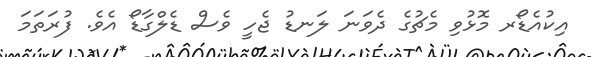
އިކުއެޑޯރ މޮޅުވި މެޗުގެ ދެވަނަ ލަނޑު ޖެހީ ވެސް ޑެލްގާޑޯ އެވެ. ފުރަތަމަ